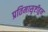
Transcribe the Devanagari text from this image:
प्रतिमासृष्टीहून